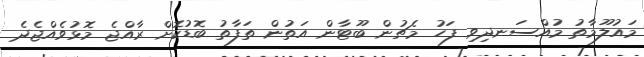
މައުލޫމާތު މުއްސަނދިވި ފަހު މެޗުން ބޫޓާން އަތުން ތަފާތު ބޮޑުކޮށް ރާއްޖެ މޮޅުވެއްޖެދެ